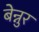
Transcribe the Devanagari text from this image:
बेन्नुर